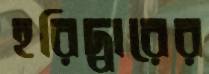
হরিদ্বারের